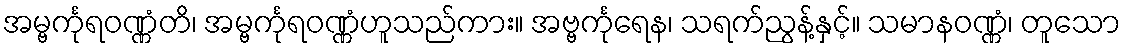
အမ္ဗင်္ကုရဝဏ္ဏံတိ၊ အမ္ဗင်္ကုရဝဏ္ဏံဟူသည်ကား။ အဗ္ဗင်္ကုရေန၊ သရက်ညွန့်နှင့်။ သမာနဝဏ္ဏံ၊ တူသော